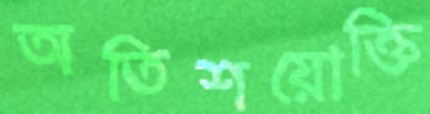
অতিশয়োক্তি